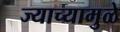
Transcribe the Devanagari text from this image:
ज्याच्यामुळे